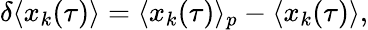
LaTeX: \delta\langle x_{k}(\tau)\rangle=\langle x_{k}(\tau)\rangle_{p}-\langle x_{k}(\tau)\rangle,